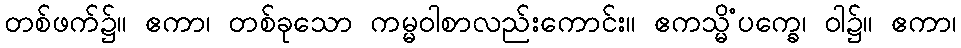
တစ်ဖက်၌။ ဧကာ၊ တစ်ခုသော ကမ္မဝါစာလည်းကောင်း။ ဧကသ္မိံပက္ခေ၊ ဝါ၌။ ဧကာ၊